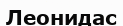
Леонидас